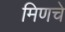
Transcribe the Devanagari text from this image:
मिणचे